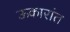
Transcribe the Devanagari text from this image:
ऊकारांत